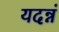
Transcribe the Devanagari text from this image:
यदन्नं